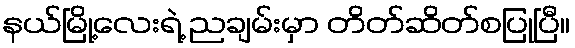
နယ်မြို့လေးရဲ့ ညချမ်းမှာ တိတ်ဆိတ်စပြုပြီ။